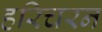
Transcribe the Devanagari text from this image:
हरिचरन